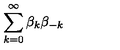
\sum _ { k = 0 } ^ { \infty } \beta _ { k } \beta _ { - k }